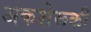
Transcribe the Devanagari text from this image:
अकशेरूकी